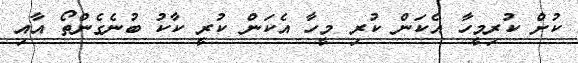
ކުށް ކުރިމީހާ އެކަން ކުރި މީހާ އެކަން ކުރީ ކާކު ބުނެގެންތޯ އާއި